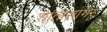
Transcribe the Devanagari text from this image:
शांतीसागर